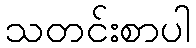
သတင်းစာပါ